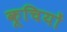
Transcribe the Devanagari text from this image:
कूचियों